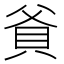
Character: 𬥐